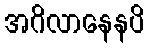
အဂိလာနေနပိ